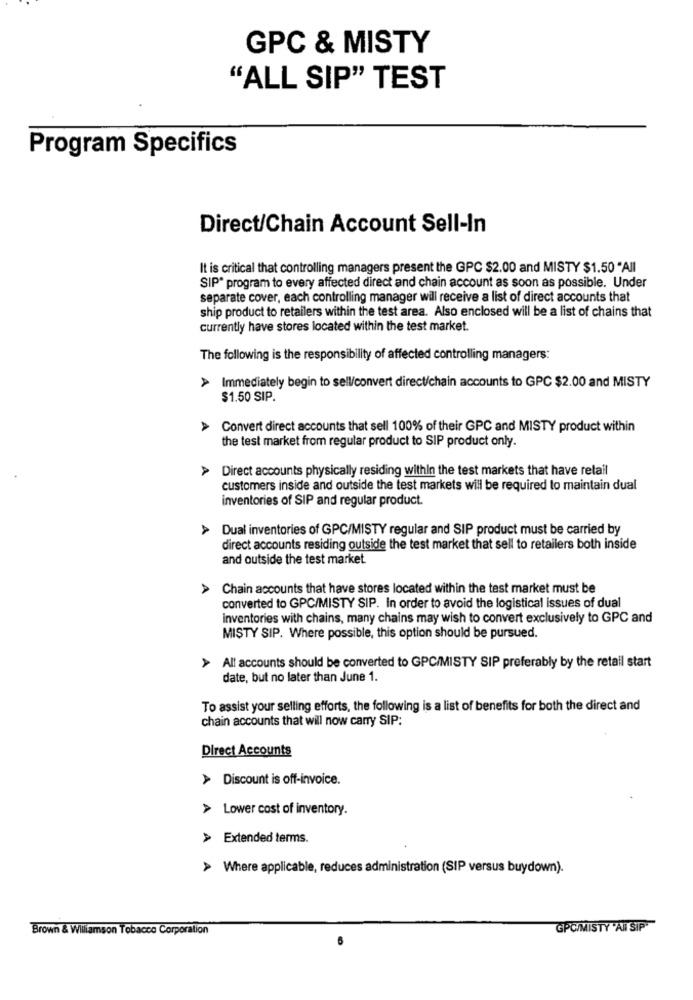
GPC & MISTY
"ALL SIP" TEST
Program Specifics
Direct/Chain Account Sell-In
It is critical that controlling managers present the GPC $2.00 and MISTY $1.50 "All
SIP® program to every affected direct and chain account as soon as possible. Under
separate cover, each controlling manager will receive a list of direct accounts that
ship product to retailers within the test area. Also enclosed will be a list of chains that
currently have stores located within the test market.
The following is the responsibility of affected controlling managers:
Immediately begin to sell/convert direct/chain accounts to GPC $2.00 and MISTY
A
$1.50 SIP.
> Convert direct accounts that sell 100% of their GPC and MISTY product within
the test market from regular product to SIP product only.
> Direct accounts physically residing within the test markets that have retail
customers inside and outside the test markets will be required to maintain dual
inventories of SIP and regular product.
Dual inventories of GPC/MISTY regular and SIP product must be carried by
direct accounts residing outside the test market that sell to retailers both inside
and outside the test market
A
Chain accounts that have stores located within the test market must be
converted to GPC/MISTY SIP. In order to avoid the logistical issues of dual
Inventories with chains, many chains may wish to convert exclusively to GPC and
MISTY SIP. Where possible, this option should be pursued.
All accounts should be converted to GPC/MISTY SIP preferably by the retail start
date, but no later than June 1.
To assist your selling efforts, the following is a list of benefits for both the direct and
chain accounts that will now carry SIP:
Direct Accounts
> Discount is off-invoice.
> Lower cost of inventory.
> Extended terms.
> Where applicable, reduces administration (SIP versus buydown).
Brown & Wiliamson Tobacco Corporation
GPC/MISTY "AI SIP